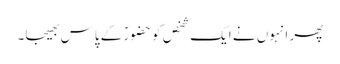
پھر انہوں نے ایک شخص کو حضورؐ کے پاس بھیجا۔